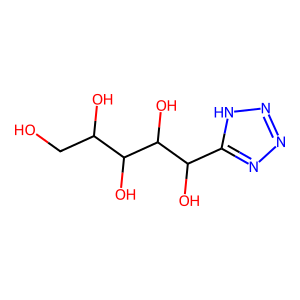
SMILES: OCC(O)C(O)C(O)C(O)c1nnn[nH]1
Inhibits HIV replication: No